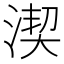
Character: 𣸲